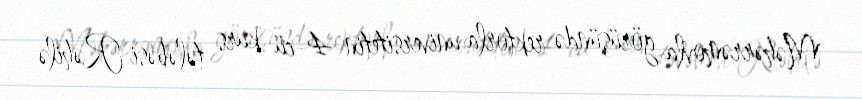
Məhərrəmovla görüşündə rektorla universitetin 4-cü kurs tələbəsi Rəhilə